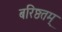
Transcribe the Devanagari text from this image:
बरिष्ठतम्